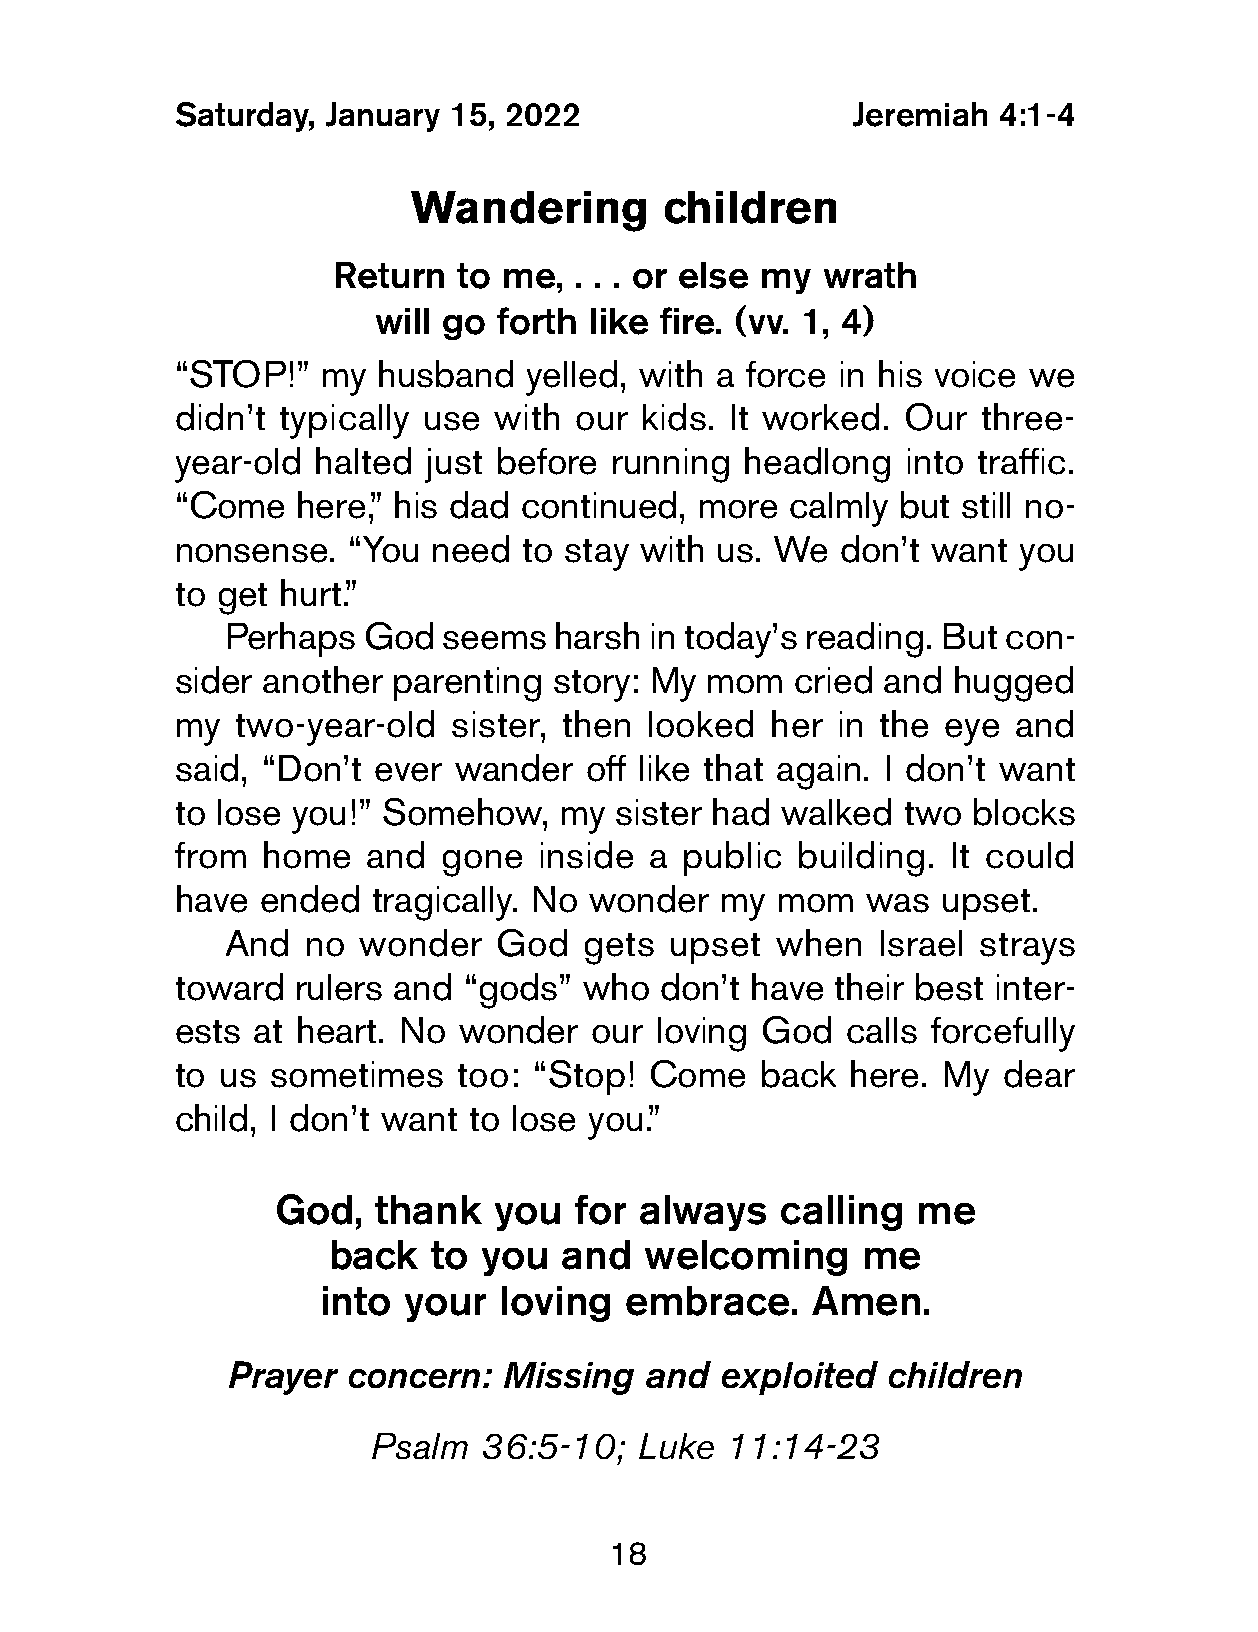
Saturday, January  15, 2022                  Jeremiah  4:1-4
 Wandering        children
 Return  to me,  . . . or else my wrath
 will go forth like fire. (vv. 1, 4)
 “STOP!”   my  husband   yelled, with a force in his voice we
 didn’t typically use  with our kids. It worked.  Our  three-
 year-old  halted just before running  headlong   into traffic.
 “Come    here,” his dad continued, more  calmly but  still no-
 nonsense.   “You need  to stay with us. We   don’t want you
 to get hurt.”
 Perhaps  God  seems   harsh in today’s reading. But con-
 sider another  parenting story: My  mom  cried and  hugged
 my  two-year-old   sister, then looked  her in the eye  and
 said, “Don’t  ever wander   off like that again. I don’t want
 to lose you!” Somehow,    my  sister had walked  two blocks
 from  home   and  gone   inside a public  building. It could
 have  ended   tragically. No wonder  my mom   was  upset.
 And  no  wonder   God   gets upset  when   Israel strays
 toward  rulers and  “gods” who   don’t have their best inter-
 ests  at heart. No wonder   our loving God   calls forcefully
 to us  sometimes   too: “Stop!  Come   back  here. My  dear
 child, I don’t want to lose you.”
 God,   thank   you  for always    calling  me
 back  to  you  and   welcoming     me
 into  your  loving  embrace.     Amen.
 Prayer  concern:  Missing   and  exploited  children
 Psalm   36:5-10;  Luke  11:14-23
 18